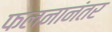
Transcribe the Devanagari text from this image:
फलनानंतर